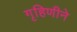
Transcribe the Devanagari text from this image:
गृहिणीने